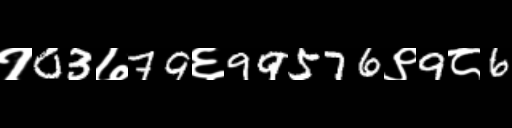
Text: १03७79६99576९9८6